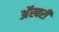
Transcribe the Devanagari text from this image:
अॅस्बरी